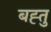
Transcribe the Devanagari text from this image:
बह्तु